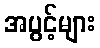
အပွင့်များ